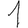
Digit: 1